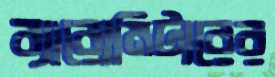
ব্যারোমিটারের